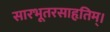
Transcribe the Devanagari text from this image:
सारभूतरसाहृतिम्।